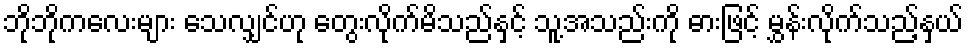
ဘိုဘိုကလေးများ သေလျှင်ဟု တွေးလိုက်မိသည်နှင့် သူ့အသည်းကို ဓားဖြင့် မွှန်းလိုက်သည့်နှယ်